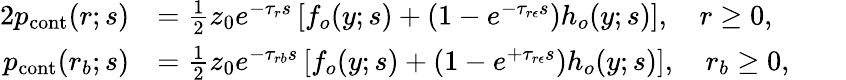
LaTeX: \begin{array}{rlrl}{{2}p_{\textrm{cont}}(r;s)}&{=\frac{1}{2}z_{0}e^{-\tau_{r}s}\left[f_{o}(y;s)+\left(1-e^{-\tau_{r\epsilon}s}\right)h_{o}(y;s)\right],\quad r\geq 0,}&&{}\\ {p_{\textrm{cont}}(r_{b};s)}&{=\frac{1}{2}z_{0}e^{-\tau_{rb}s}\left[f_{o}(y;s)+\left(1-e^{+\tau_{r\epsilon}s}\right)h_{o}(y;s)\right],\quad r_{b}\geq 0,}&&{}\end{array}